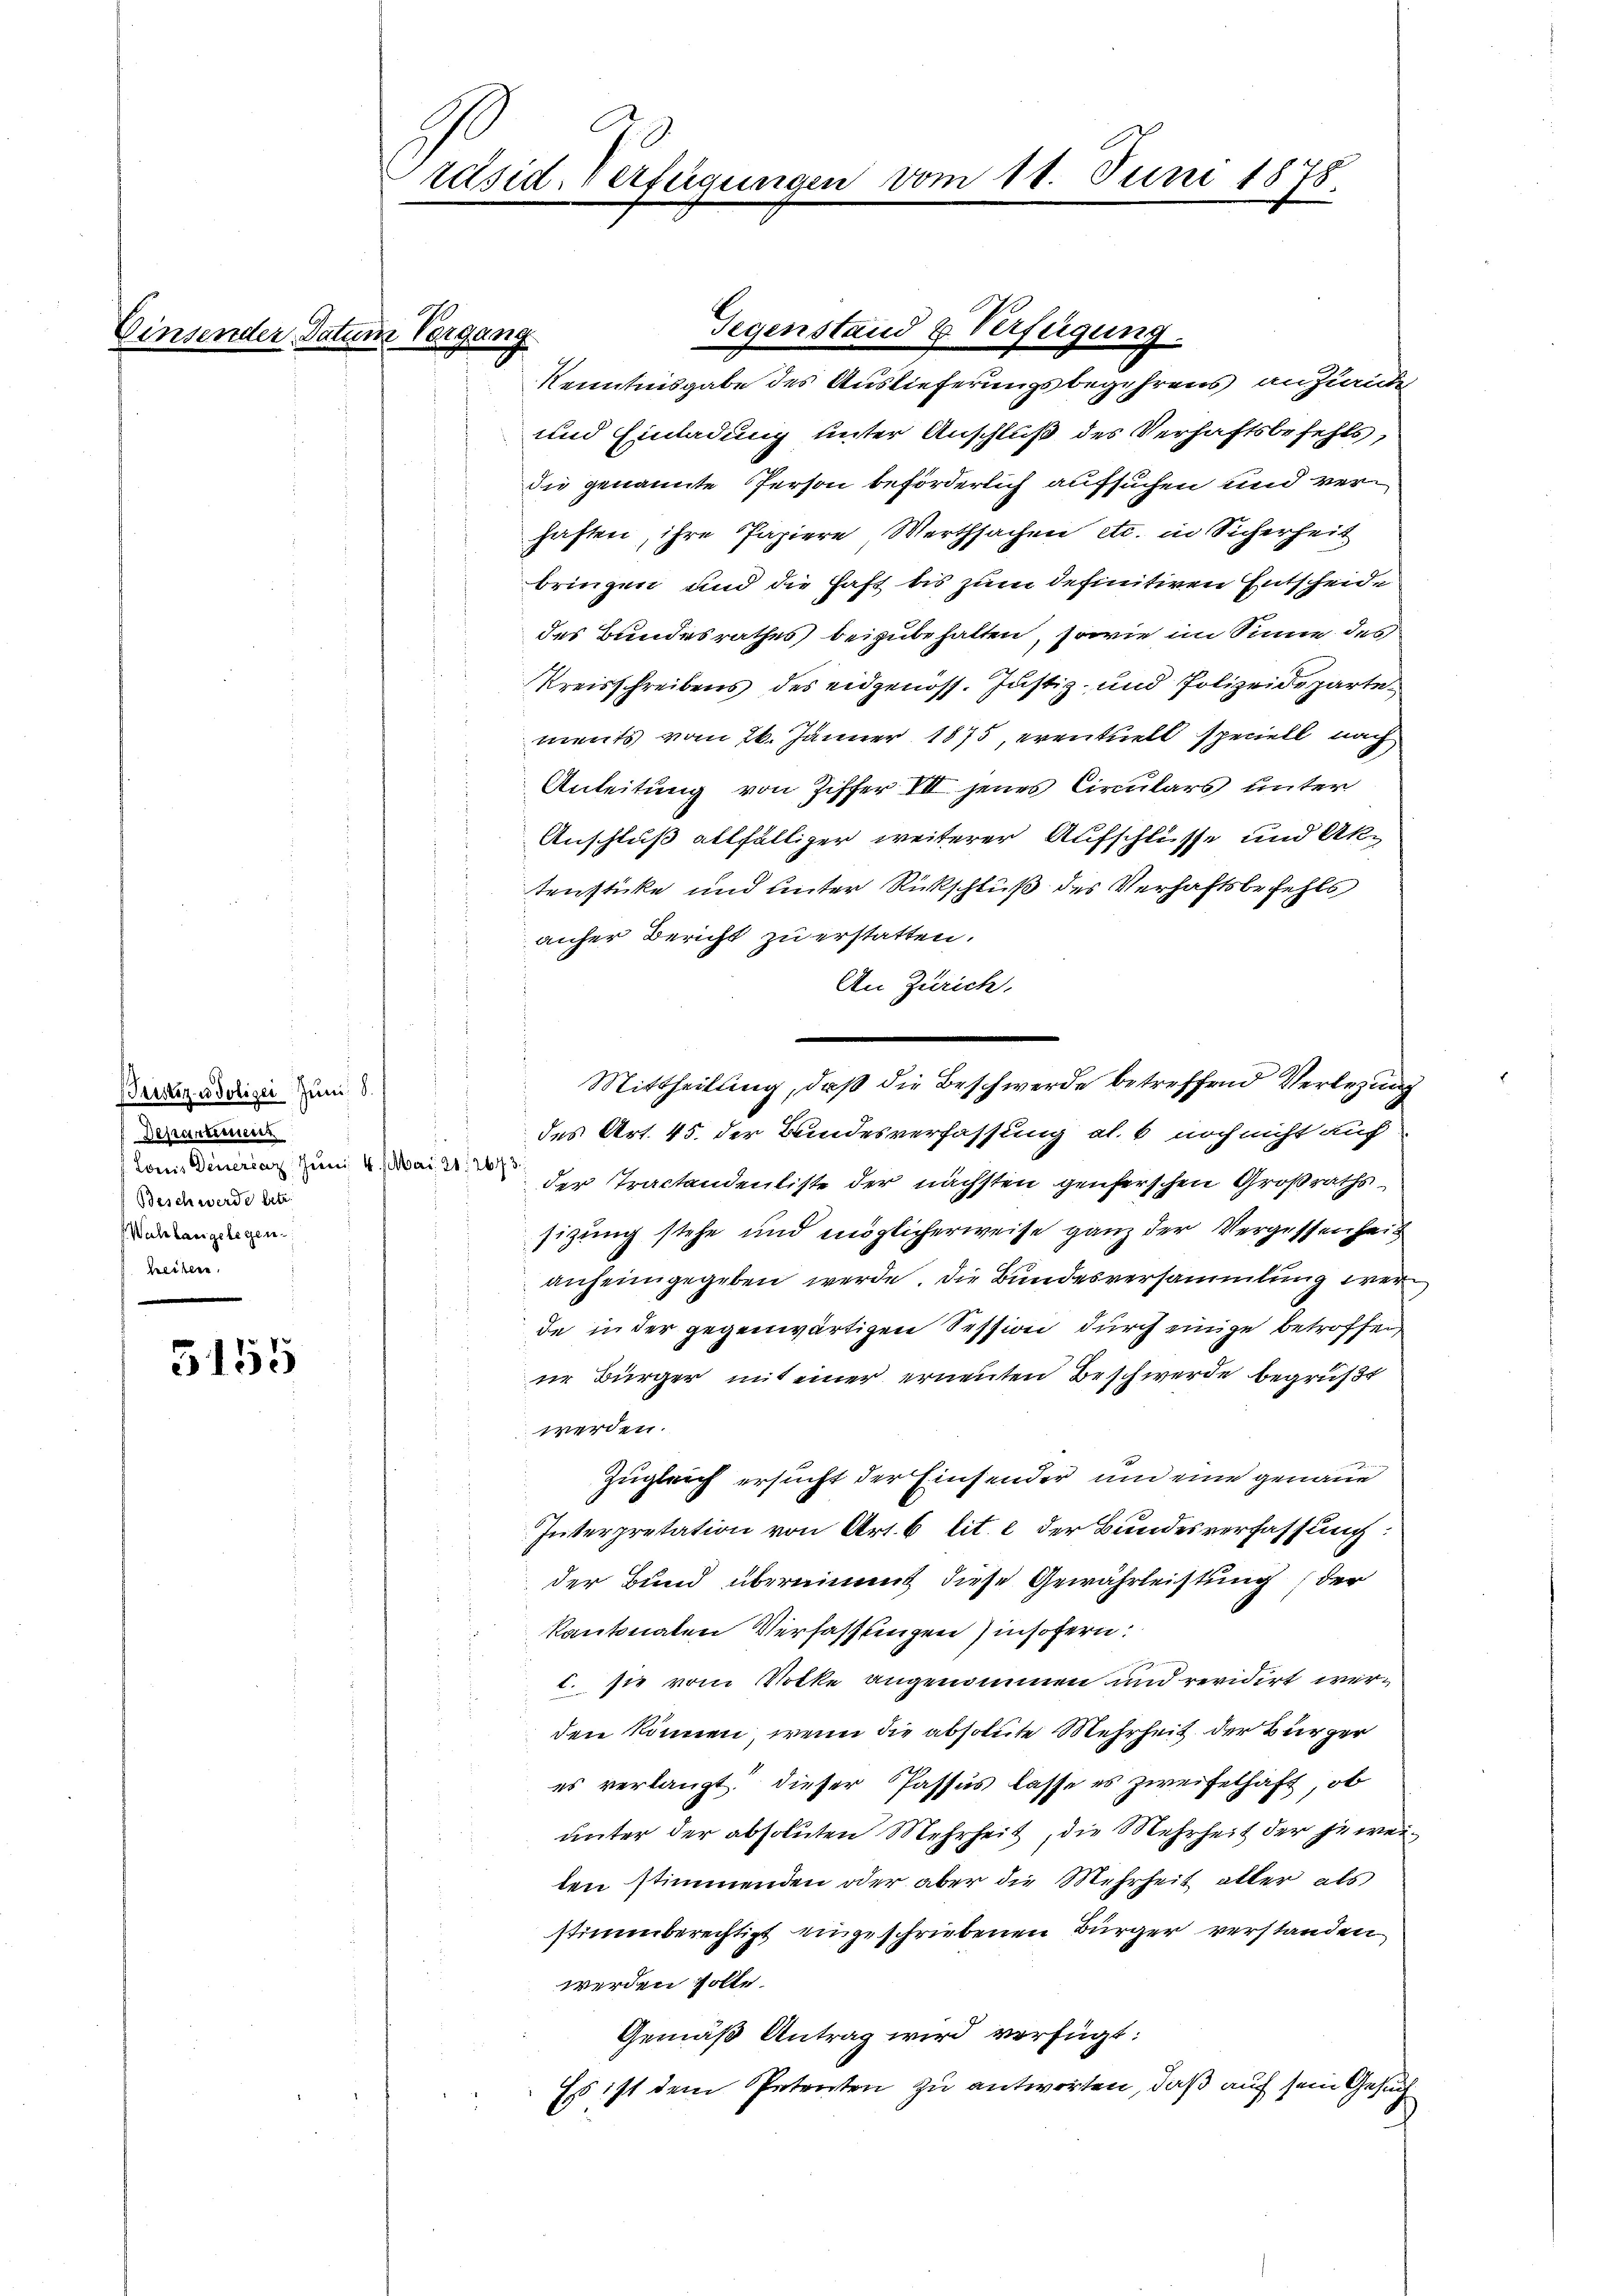
t

Tristiz- u Polizei Juni 8.
Departemen
Lonis Deuercaz, Juni 4. Mai 21. 264
Beschwerde betr.
Walrlangelegen.
hreiben.

5155

inder Datum Vorgang.

1
räsid. verfügung

Kenntnisgabe des Auslieferungsbegehrens anzurück
und Einladung unter Anschluß des Verhaftsbefehls,
die genannte Person beförderlich aufsuchen und verhaften, ihre Papiere Werthsachen etc. in Sicherheit
bringen und die Haft bis zum definitiven Entscheide
des Bundesrathes beizubehalten, sowie im Sinne des
Kreisschreibens des eidgenöss. Justiz- und Polizeidepartements vom 26. Jänner 1875, eventuell speciell nach
Anleitung von Ziffer VII jenes Circulars unter
Anschluß allfälliger weiterer Aufschlüsse und Aktensticke und unter Rückschluß des Verhaftsbefehls
anher Bericht zu erstatten.
An Zürich.
des Art. 45. der Bundesverfassung al. 6 noch nicht auch
der Tractandenliste der nächsten genferschen Großraths
sizung stehe und möglicherweise ganz der Vergessenheit
 anheimgegeben werde. Die Bundesversammlung werde in der gegenwärtigen Session durch einige betroffen
ne Bürger mit einer erneuten Beschwerde begrüßt
werden.
Zugleich ersucht der Einsender und eine genaue
Interpretation von Art. 6 lit. e der Bundesverfassung:
der Bund übernimmt diese Gewährleistung der
kantonalen Verfassungen insofern:
1. sie vom Notke angenommen und revidirt werden können, wenn die absolute Mehrheit der Bürger
es verlangt. Dieser Passus lasse es zweifelhaft, ob
ŭnter der absoluten Mehrheit, die Mehrheit der jeweiten stimmenden oder aber die Mehrheit aller als
stimmberechtigt eingeschriebenen Bürger verstanden.
werden solte.
Gemäß Antrag wird verfügt:
Es ist dem Petenten zu antworten, daß auf sein Gesuch

Gegenstand & Verfügung.

om 11. Juni 1878.

Mittheilung, daß die Beschwerde betreffend Verlegung